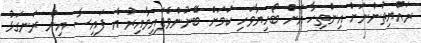
ރައްޔިތުންނަށް އިންތިހާ އަށް ބޯހިޔާވަހި ކަމަށް ބޭނުންވެފައިވާއިރު އެ ފައިސާ އިން ރަނގަޅު